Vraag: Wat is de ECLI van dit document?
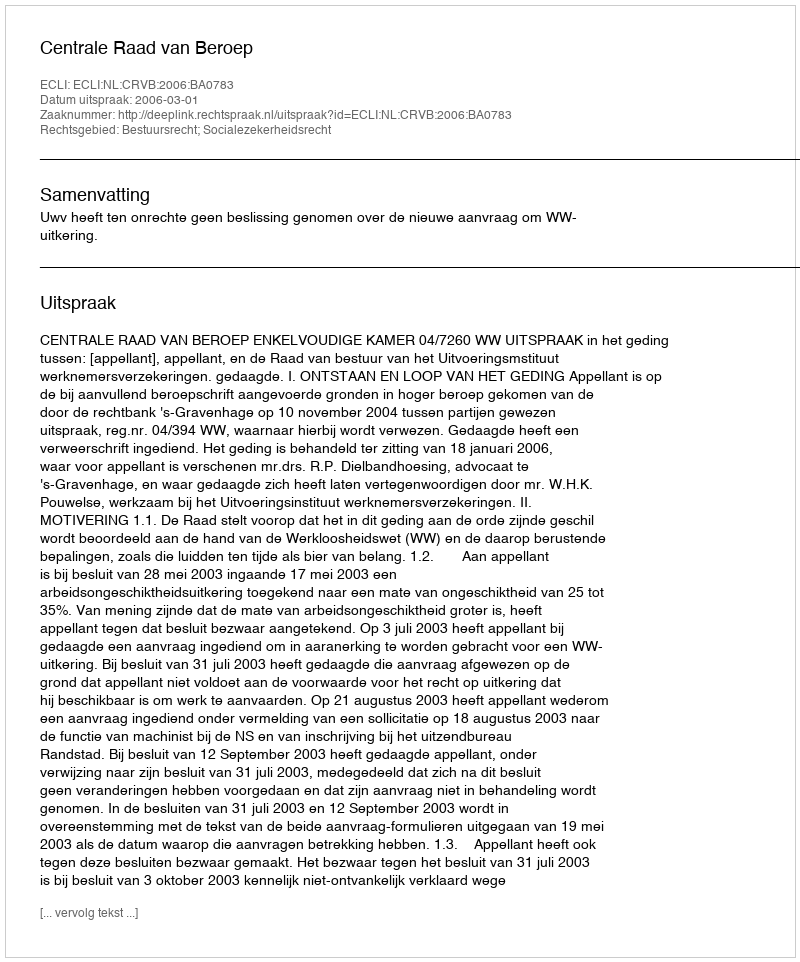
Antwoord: ECLI:NL:CRVB:2006:BA0783